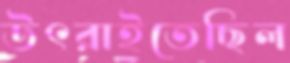
উৎরাইতেছিল